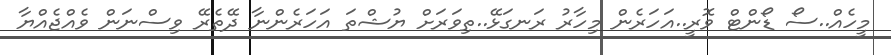
މީހެއް..ސޯ ޑޯންޓް ވޮރީ..އަހަރެން މިހާރު ރަނގަޅޭ..ތިވަރަށް ޔުޝްތަ އަހަރެންނާ ދޭތެރޭ ވިސްނަން ވެއްޖެއްޔާ